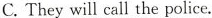
C. They will call the police.